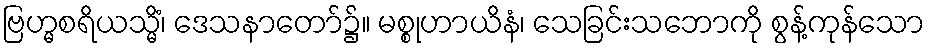
ဗြဟ္မစရိယသ္မိံ၊ ဒေသနာတော်၌။ မစ္စုဟာယိနံ၊ သေခြင်းသဘောကို စွန့်ကုန်သော